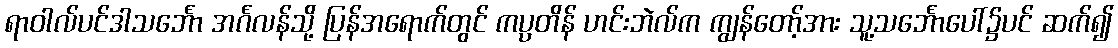
ရာဝါလ်ပင်ဒါသင်္ဘော အင်္ဂလန်သို့ ပြန်အရောက်တွင် ကပ္ပတိန် ဟင်းဘဲလ်က ကျွန်တော့်အား သူ့သင်္ဘောပေါ်၌ပင် ဆက်၍